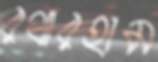
রথারহাম